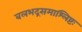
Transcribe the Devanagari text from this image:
बलभद्रसमाश्लिष्टः